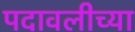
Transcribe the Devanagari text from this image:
पदावलीच्या